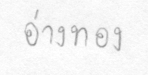
อ่างทอง